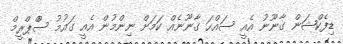
ޑިފެކްޝަން ގާނޫނު އެއީ ސައްހަ ގާނޫނެއް ކަމަށް ނިންމުން އެއީ ގައުމު ސްްޕްރީމް